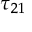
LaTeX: \tau _ { 2 1 }